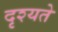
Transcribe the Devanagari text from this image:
दृश्यते